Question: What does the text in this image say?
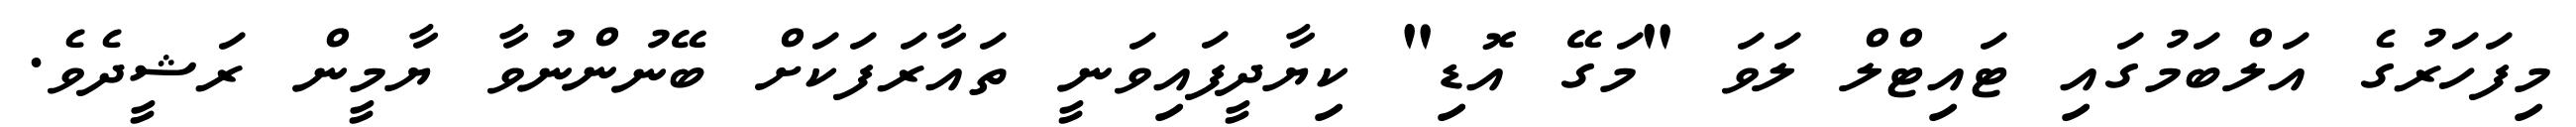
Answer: މިފަހަރުގެ އަލްބަމުގައި ޓައިޓްލް ލަވަ "މަގޭ އޮޑި" ކިޔާދީފައިވަނީ ތައާރަފަކަށް ބޭނުންނުވާ ޔާމީން ރަޝީދެވެ.